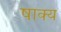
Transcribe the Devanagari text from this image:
षाक्य